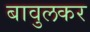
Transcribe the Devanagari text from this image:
बावुलकर